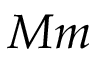
M m